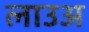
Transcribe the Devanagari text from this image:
लाउअ